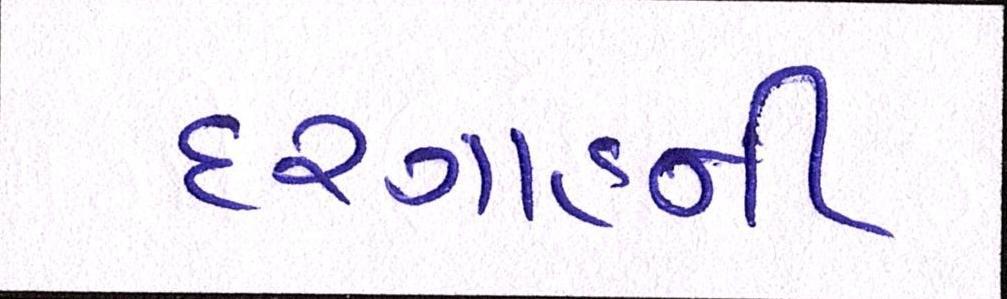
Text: દરગાહની